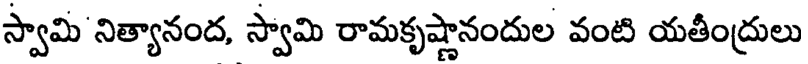
స్వామి నిత్యానంద, స్వామి రామకృష్ణానందుల వంటి యతీంద్రులు